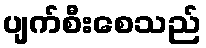
ပျက်စီးစေသည်